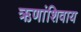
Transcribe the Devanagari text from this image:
ऋणांशिवाय